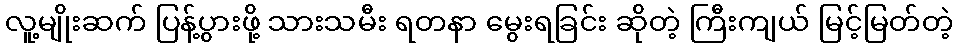
လူ့မျိုးဆက် ပြန့်ပွားဖို့ သားသမီး ရတနာ မွေးရခြင်း ဆိုတဲ့ ကြီးကျယ် မြင့်မြတ်တဲ့